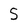
Character: s